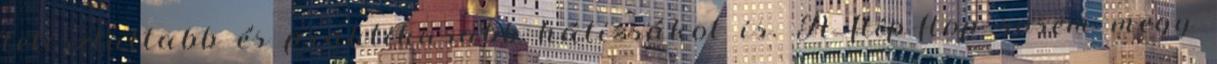
letisztultabb és praktikusabb hátizsákot is. A flip-flop sosem megy